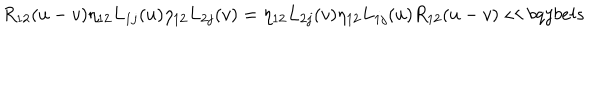
{ R } _ { 1 2 } ( u - v ) \eta _ { 1 2 } L _ { 1 j } ( u ) \eta _ { 1 2 } L _ { 2 j } ( v ) = \eta _ { 1 2 } L _ { 2 j } ( v ) \eta _ { 1 2 } L _ { 1 j } ( u ) { R } _ { 1 2 } ( u - v ) \ll { b q y b e l s }